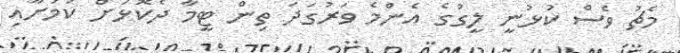
މެޗު ވެސް ކުޅުނީ ލީގުގެ އެންމެ ވަރުގަދަ ތިން ޓީމާ ދެކޮޅަށް ކަމަށާއި